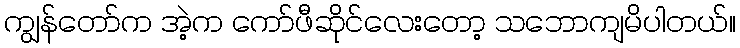
ကျွန်တော်က အဲ့က ကော်ဖီဆိုင်လေးတော့ သဘောကျမိပါတယ်။